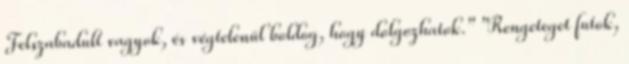
Felszabadult vagyok, és végtelenül boldog, hogy dolgozhatok." "Rengeteget futok,